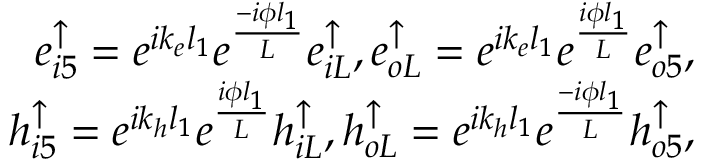
\begin{array} { r } { e _ { i 5 } ^ { \uparrow } = e ^ { i k _ { e } l _ { 1 } } e ^ { \frac { - i \phi l _ { 1 } } { L } } e _ { i L } ^ { \uparrow } , e _ { o L } ^ { \uparrow } = e ^ { i k _ { e } l _ { 1 } } e ^ { \frac { i \phi l _ { 1 } } { L } } e _ { o 5 } ^ { \uparrow } , } \\ { h _ { i 5 } ^ { \uparrow } = e ^ { i k _ { h } l _ { 1 } } e ^ { \frac { i \phi l _ { 1 } } { L } } h _ { i L } ^ { \uparrow } , h _ { o L } ^ { \uparrow } = e ^ { i k _ { h } l _ { 1 } } e ^ { \frac { - i \phi l _ { 1 } } { L } } h _ { o 5 } ^ { \uparrow } , } \end{array}